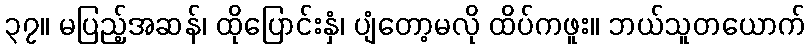
၃၇။ မပြည့်အဆန်၊ ထိုပြောင်းနှံ၊ ပျံတော့မလို ထိပ်ကဖူး။ ဘယ်သူတယောက်